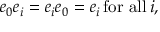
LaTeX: e _ { 0 } e _ { i } = e _ { i } e _ { 0 } = e _ { i } \, { \mathrm { f o r ~ a l l } } \, i ,